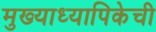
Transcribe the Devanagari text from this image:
मुख्याध्यापिकेची